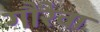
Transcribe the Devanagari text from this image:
गौरैवा